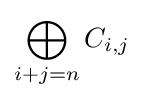
\bigoplus _{i+j=n}C_{i,j}